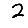
Digit: 2